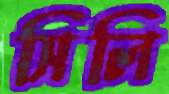
সিলি